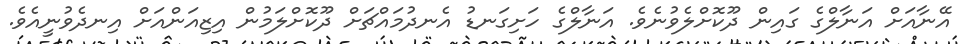
އޭނާއަށް އަނާލްގެ ގައިން ދޫކޮށްލެވުނެވެ. އަނާލްގެ ހަށިގަނޑު އެނދުމައްޗަށް ދޫކޮށްލަމުން އިޒިއަންއަށް އިނދެވުނީއެވެ.